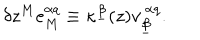
\delta z ^ { M } e _ { M } ^ { \alpha q } \equiv \kappa ^ { \underline { { \beta } } } ( z ) v _ { \underline { { \beta } } } ^ { ~ \alpha q } .